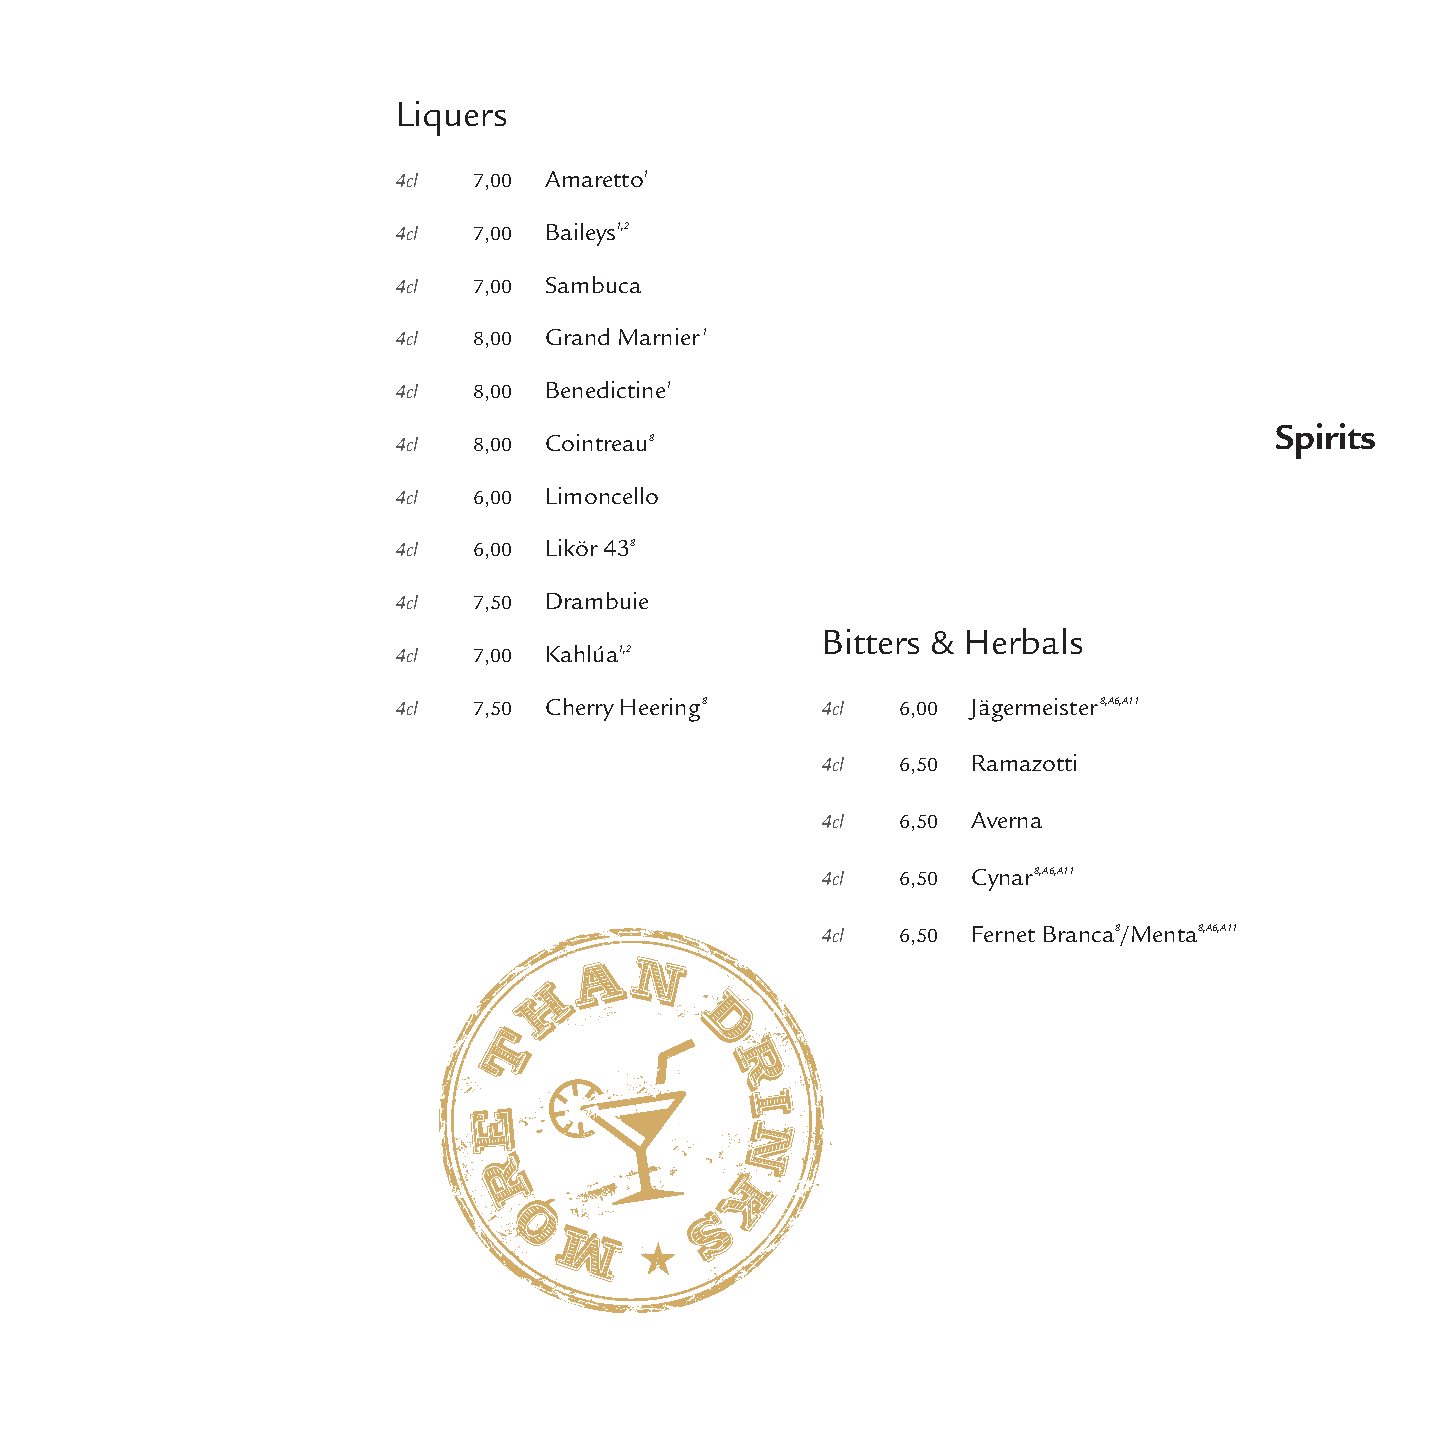
Liquers
 4cl  7,00 Amaretto1
 4cl  7,00 Baileys1,2
 4cl  7,00 Sambuca
 4cl  8,00 Grand Marnier1
 4cl  8,00 Benedictine1
 Spirits
 4cl  8,00 Cointreau8
 4cl  6,00 Limoncello
 4cl  6,00 Likör 438
 4cl  7,50 Drambuie
 Bitters & Herbals
 4cl  7,00 Kahlúa1,2
 4cl  7,50 Cherry Heering8   4cl   6,00 Jägermeister8,A6,A11
 4cl   6,50 Ramazotti
 4cl   6,50 Averna
 4cl   6,50 Cynar8,A6,A11
 4cl   6,50 Fernet Branca8/Menta8,A6,A11